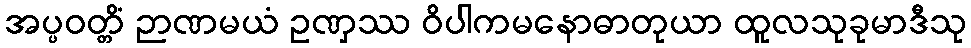
အပ္ပဝတ္တိံ ဉာဏမယံ ဥဏှဿ ဝိပါကမနောဓာတုယာ ထူလသုခုမာဒီသု